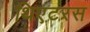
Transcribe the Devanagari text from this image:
थिएटरस